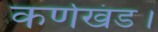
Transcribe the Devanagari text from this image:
कर्णखंड।